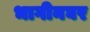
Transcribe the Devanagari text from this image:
भागीनघर